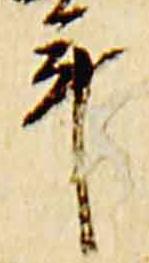
年